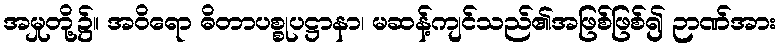
အမှုတို့၌။ အဝိရော ဓိတာပစ္စုပဋ္ဌာနာ၊ မဆန့်ကျင်သည်၏အဖြစ်ဖြစ်၍ ဉာဏ်အား